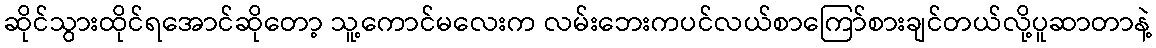
ဆိုင်သွားထိုင်ရအောင်ဆိုတော့ သူ့ကောင်မလေးက လမ်းဘေးကပင်လယ်စာကြော်စားချင်တယ်လို့ပူဆာတာနဲ့